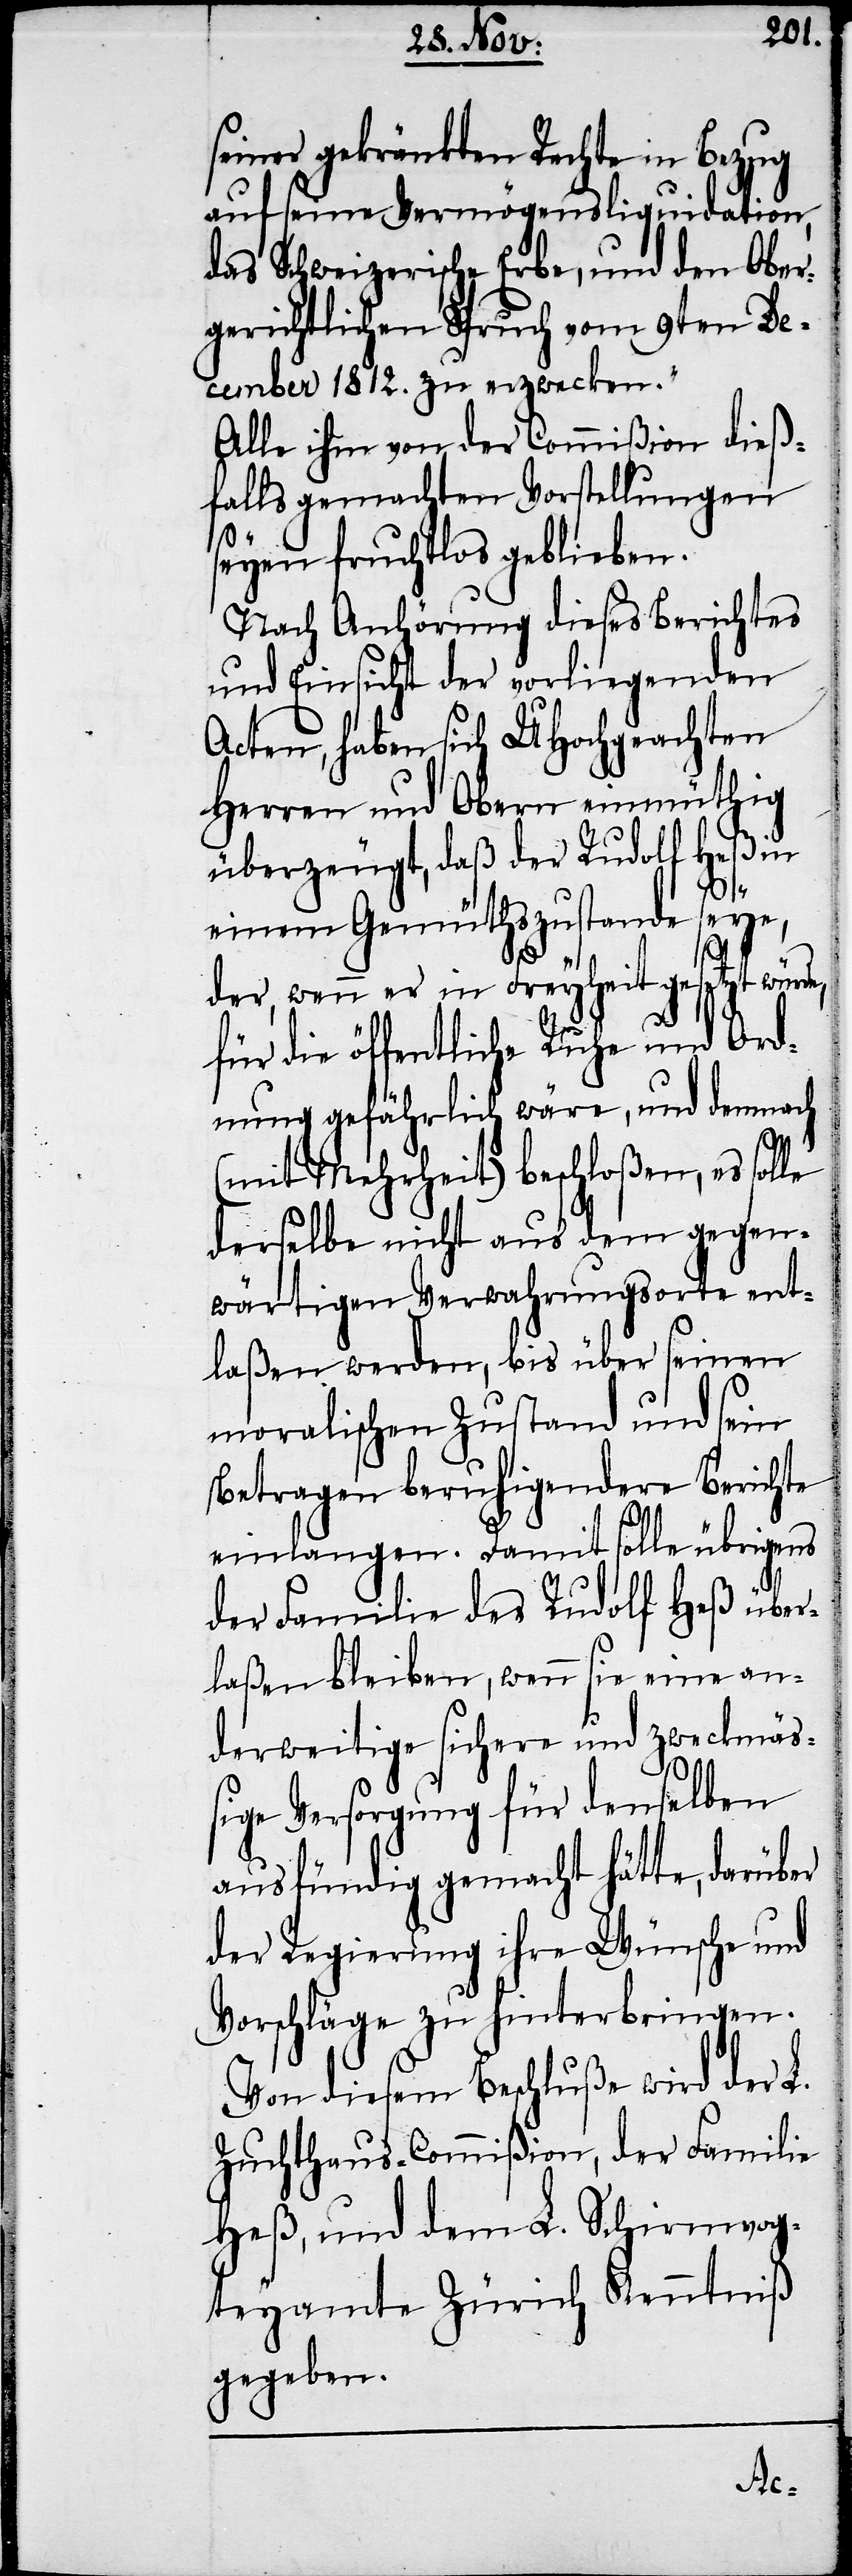
seiner gekränkten Rechte in Bezug
auf seine Vermögensliquidation,
das Schweizerische Erbe, und den Ober¬
gerichtlichen Spruch vom 9ten De¬
cember 1812. zu erzwecken.“
Nach Anhörung dieses Berichtes
und Einsicht der vorliegenden
Acten, haben sich UHochgeachten
Herren und Obern einmüthig
überzeugt, daß der Rudolf Heß in
le
einem Gemüthszustande seye,
der, wenn er in Freyheit gesetzt würde,
für die öffentliche Ruhe und Ord¬
nung gefährlich wäre, und demnach
(mit Mehrheit) beschloßen, es sol¬
derselbe nicht aus dem gegen¬
wärtigen Verwahrungsorte ent¬
laßen werden, bis über seinen
moralischen Zustand und sein
Betragen beruhigendere Berichte
einlangen. Damit solle übrigens
der Familie des Rudolf Heß über¬
laßen bleiben, wenn sie eine an¬
derweitige sichere und zweckmäß¬
ige Versorgung für denselben
ausfündig gemacht hätte, darüber
der Regierung ihre Wünsche und
Vorschläge zu hinterbringen.
Von diesem Beschluße wird der L.
Zuchthaus-Commißion, der Familie
Heß, und dem L. Schirmvog¬
teyamte Zürich Kenntniß
gegeben.